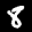
Label: 8